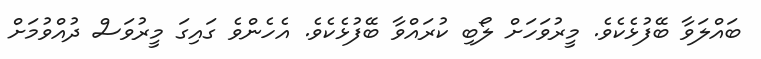
ބައްލަވާ ބޭފުޅެކެވެ. މީރުވަހަށް ލޯބި ކުރައްވާ ބޭފުޅެކެވެ. އެހެންވެ ގައިގަ މީރުވަސް ދުއްވުމަށް